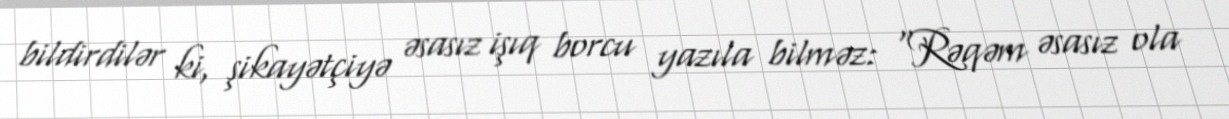
bildirdilər ki, şikayətçiyə əsasız işıq borcu yazıla bilməz: “Rəqəm əsasız ola